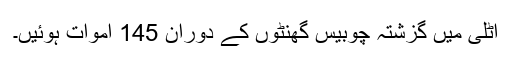
اٹلی میں گزشتہ چوبیس گھنٹوں کے دوران 145 اموات ہوئیں۔